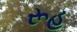
રૂહ